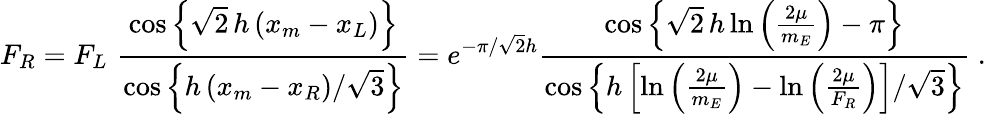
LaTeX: F_{R}=F_{L}\, \, \frac{\cos\left\{ \sqrt{2}\, h\, (x_{m}-x_{L})\right\} }{\cos\left\{ h\, (x_{m}-x_{R})/\sqrt{3}\right\} }=e^{-\pi/\sqrt{2}h}\frac{\cos\left\{ \sqrt{2}\, h\ln\left(\frac{2\mu}{m_{E}}\right)-\pi\right\} }{\cos\left\{ h\left[\ln\left(\frac{2\mu}{m_{E}}\right)-\ln\left(\frac{2\mu}{F_{R}}\right)\right]/\sqrt{3}\right\} }\; .